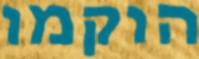
הוקמו